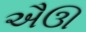
ઐઊ